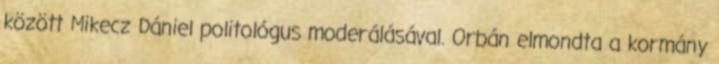
között Mikecz Dániel politológus moderálásával. Orbán elmondta a kormány